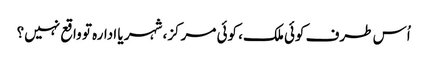
اُس طرف کوئی ملک، کوئی مرکز، شہر یا ادارہ تو واقع نہیں؟